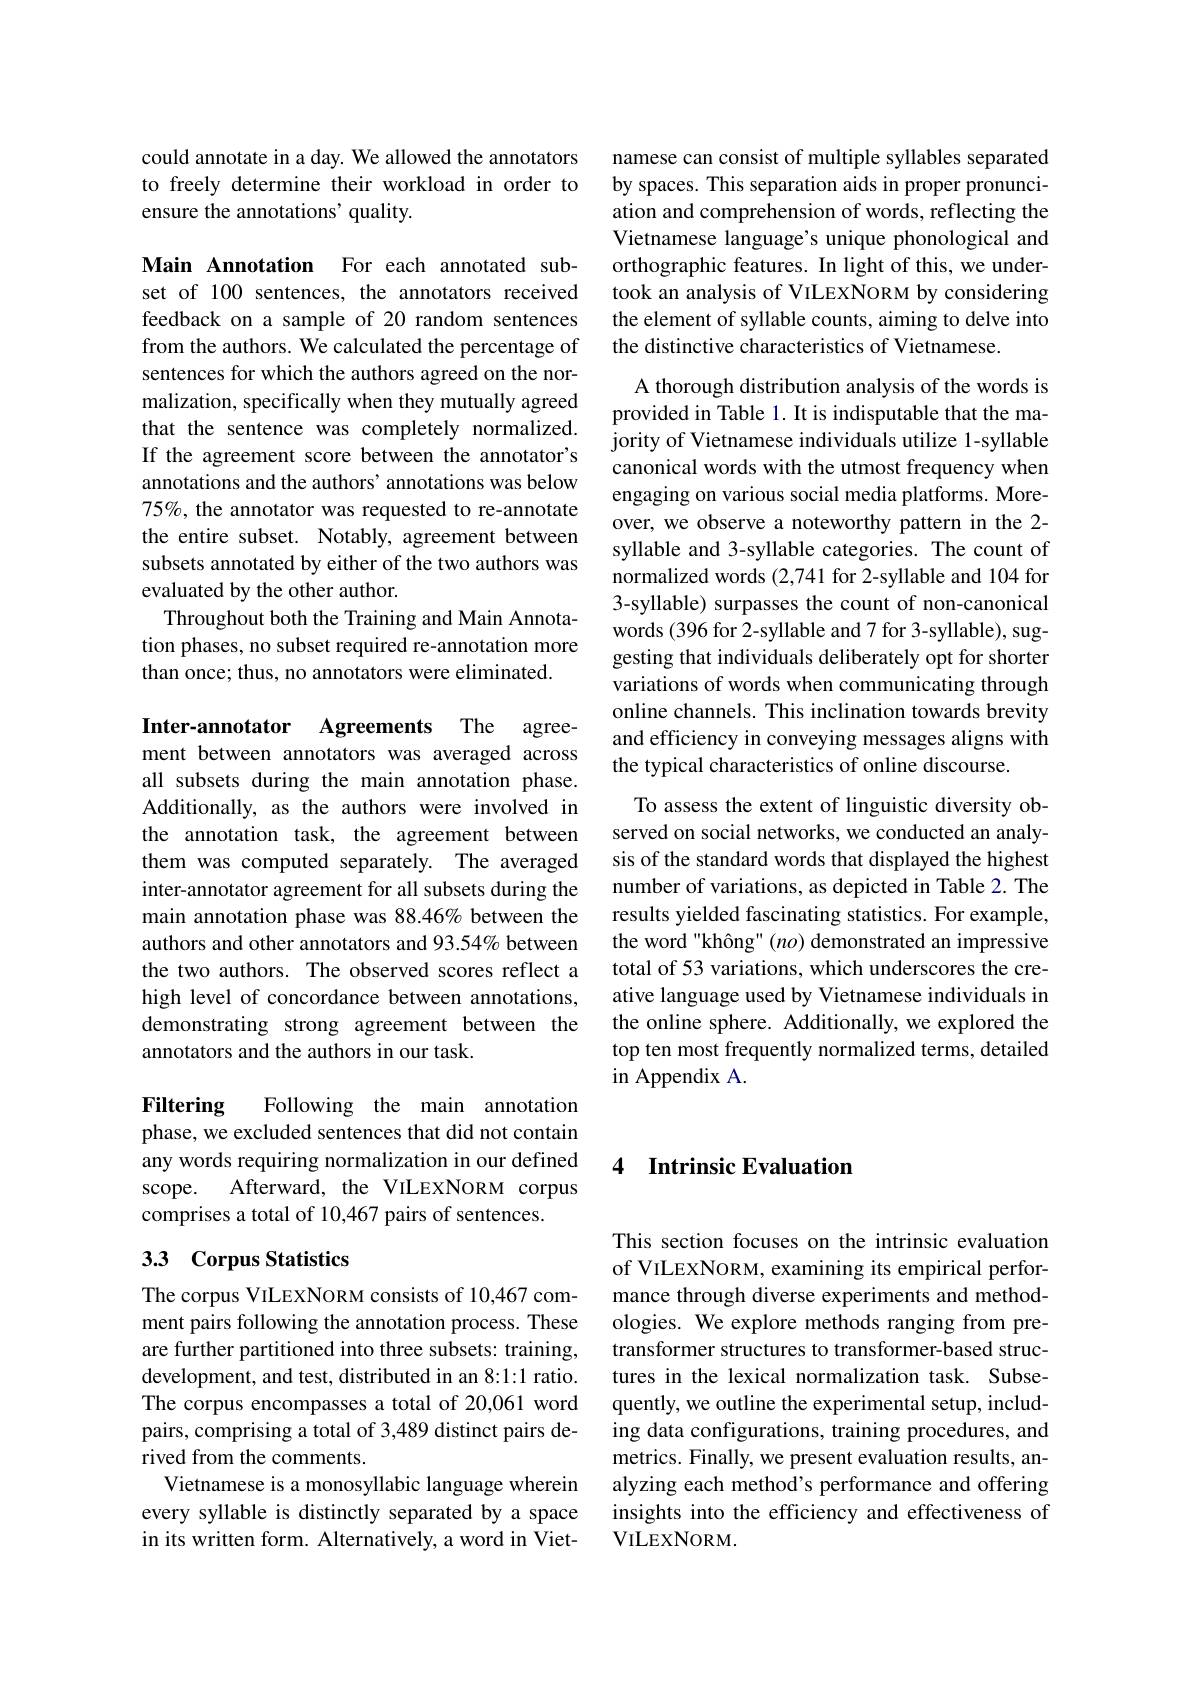
could annotate in a day. We allowed the annotators to freely determine their workload in order to ensure the annotations' quality.

Main Annotation For each annotated subset of 100 sentences, the annotators received feedback on a sample of 20 random sentences from the authors. We calculated the percentage of sentences for which the authors agreed on the normalization, specifically when they mutually agreed that the sentence was completely normalized. If the agreement score between the annotator's annotations and the authors' annotations was below 75%, the annotator was requested to re-annotate the entire subset. Notably, agreement between subsets annotated by either of the two authors was evaluated by the other author.
Throughout both the Training and Main Annotation phases, no subset required re-annotation more than once; thus, no annotators were eliminated.

Inter-annotator Agreements The agreement between annotators was averaged across all subsets during the main annotation phase. Additionally, as the authors were involved in the annotation task, the agreement between them was computed separately. The averaged inter-annotator agreement for all subsets during the main annotation phase was 88.46% between the authors and other annotators and 93.54% between the two authors. The observed scores reflect a high level of concordance between annotations, demonstrating strong agreement between the annotators and the authors in our task.

Filtering

Following the main annotation
phase, we excluded sentences that did not contain any words requiring normalization in our defined
Afterward, the VILEXNORM corpus
$scope.$
comprises a total of 10,467 pairs of sentences.

## 33 Corpus Statistics

The corpus VILEXNORM consists of 10,467 comment pairs following the annotation process. These are further partitioned into three subsets: training, development, and test, distributed in an 8:1:1 ratio. The corpus encompasses a total of 20,061 word pairs, comprising a total of 3,489 distinct pairs derived from the comments.
Vietnamese is a monosyllabic language wherein every syllable is distinctly separated by a space in its written form. Alternatively, a word in Viet-

namese can consist of multiple syllables separated by spaces. This separation aids in proper pronunciation and comprehension of words, reflecting the Vietnamese language's unique phonological and orthographic features. In light of this, we undertook an analysis of VILEXNORM by considering the element of syllable counts, aiming to delve into the distinctive characteristics of Vietnamese.

A thorough distribution analysis of the words is provided in Table 1. It is indisputable that the majority of Vietnamese individuals utilize 1-syllable canonical words with the utmost frequency when engaging on various social media platforms. Moreover, we observe a noteworthy pattern in the 2- syllable and 3-syllable categories. The count of normalized words (2,741 for 2-syllable and 104 for 3-syllable) surpasses the count of non-canonical words (396 for 2-syllable and 7 for 3-syllable), suggesting that individuals deliberately opt for shorter variations of words when communicating through online channels. This inclination towards brevity and efficiency in conveying messages aligns with the typical characteristics of online discourse.
To assess the extent of linguistic diversity observed on social networks, we conducted an analysis of the standard words that displayed the highest

number of variations, as depicted in Table 2. The results yielded fascinating statistics. For example, the word "không" $(no)$ demonstrated an impressive total of 53 variations, which underscores the creative language used by Vietnamese individuals in the online sphere. Additionally, we explored the top ten most frequently normalized terms, detailed in Appendix A.

### 4 Intrinsic Evaluation

This section focuses on the intrinsic evaluation of VILEXNORM, examining its empirical performance through diverse experiments and methodologies. We explore methods ranging from pretransformer structures to transformer-based structures in the lexical normalization task. Subsequently, we outline the experimental setup, including data configurations, training procedures, and metrics. Finally, we present evaluation results, analyzing each method's performance and offering insights into the efficiency and effectiveness of VILEXNORM.